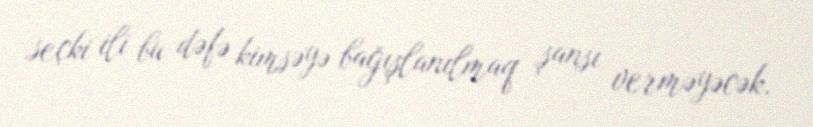
seçki ili bu dəfə kimsəyə bağışlanılmaq şansı verməyəcək.